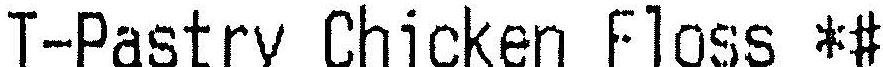
T-PASTRY CHICKEN FLOSS *#